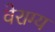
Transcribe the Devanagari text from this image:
वेराग्य